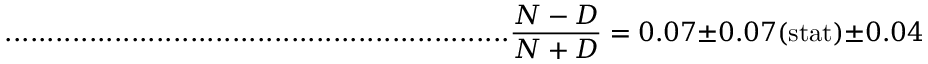
. . . . . . . . . . . . . . . . . . . . . . . . . . . . . . . . . . . . . . . . . . . . . . . . . . . . . . . . . . . . \frac { N - D } { N + D } = 0 . 0 7 \pm 0 . 0 7 ( \mathrm { s t a t } ) \pm 0 . 0 4 ( \mathrm { s y s t } ) \quad .